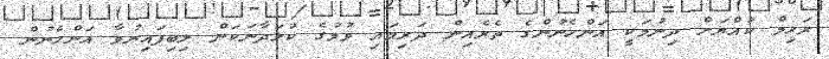
ރަހިމް ކުއްޔަށް ދިނުމަކީ އަންހެނުންގެ ތެރެއިން ދަރިމައި ވުމުގެ ކުޅަދާނަކަން ލިބިފައިނުވާ އަންހެނުން